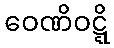
ဝေဏိဝဋ္ဋိ